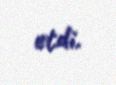
etdi.